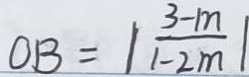
O B = \vert \frac { 3 - m } { 1 - 2 m } \vert